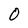
Character: O